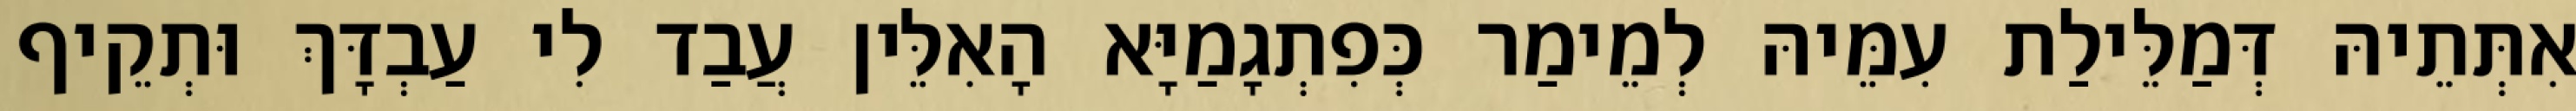
אִתְּתֵיהּ דְּמַלֵּילַת עִמֵּיהּ לְמֵימַר כְּפִתְגָמַיָּא הָאִלֵּין עֲבַד לִי עַבְדָּךְ וּתְקֵיף